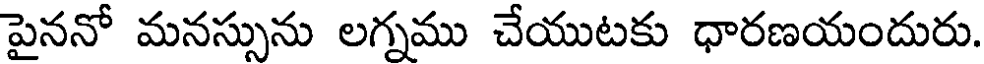
పైననో మనస్సును లగ్నము చేయుటకు ధారణయందురు.